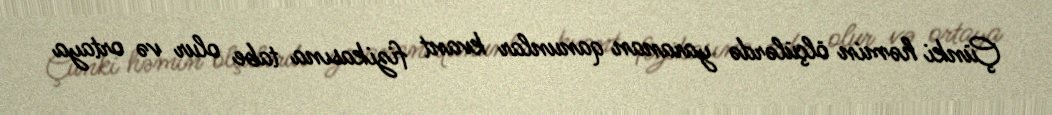
Çünki həmin ölçülərdə yaranan qanunlar kvant fizikasına tabe olur və ortaya